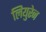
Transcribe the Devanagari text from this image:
लियुरेन